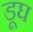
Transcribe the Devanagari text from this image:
डूघ